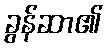
ခွန်ဆာ၏